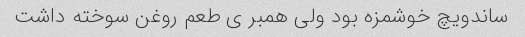
ساندویچ خوشمزه بود ولی همبر ی طعم روغن سوخته داشت